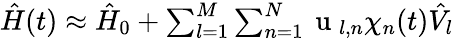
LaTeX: \begin{array}{r}{\hat{H}(t)\approx\hat{H}_{0}+\sum_{l=1}^{M}\sum_{n=1}^{N}\mathrm{~u~}_{l,n}\chi_{n}(t)\hat{V_{l}}}\end{array}